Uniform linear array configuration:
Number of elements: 24
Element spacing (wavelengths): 1
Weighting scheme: uniform
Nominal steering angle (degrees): -60
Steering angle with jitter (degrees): -61.772
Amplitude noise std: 0.05
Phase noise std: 0.05

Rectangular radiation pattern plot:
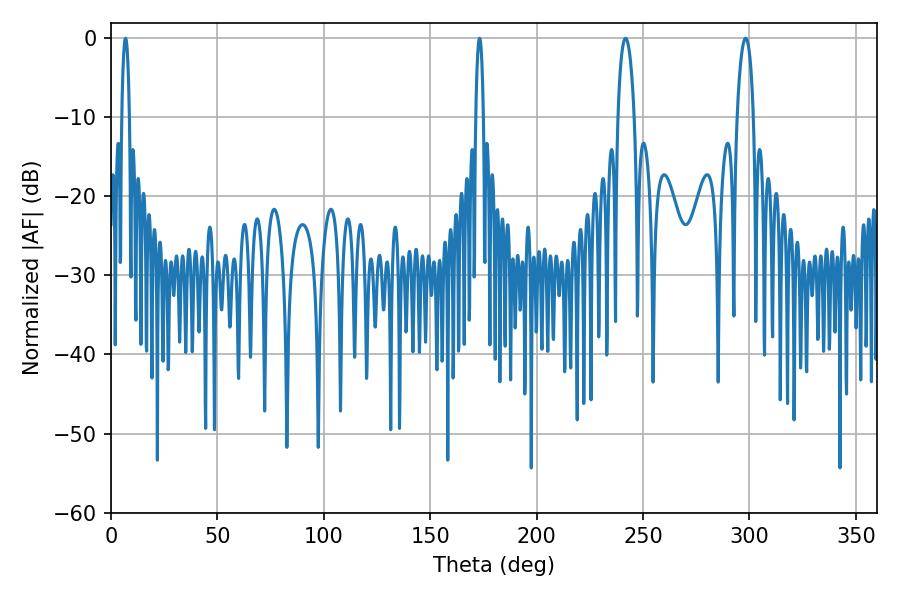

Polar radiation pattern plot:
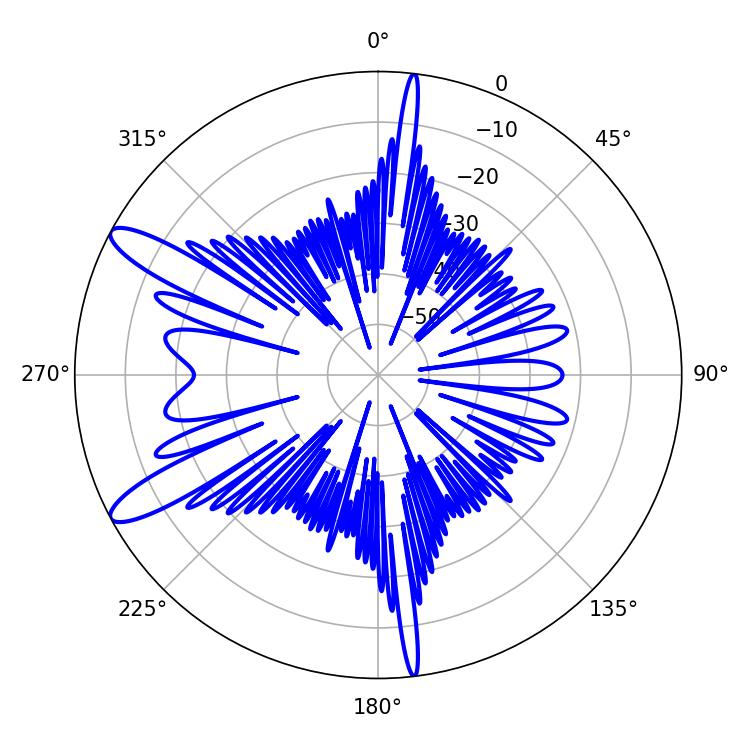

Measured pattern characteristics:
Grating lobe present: TRUE
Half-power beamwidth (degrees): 1.98
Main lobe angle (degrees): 6.84